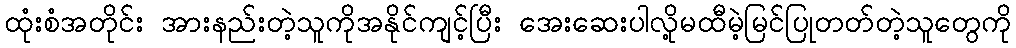
ထုံးစံအတိုင်း အားနည်းတဲ့သူကိုအနိုင်ကျင့်ပြီး အေးဆေးပါလို့မထီမဲ့မြင်ပြုတတ်တဲ့သူတွေကို